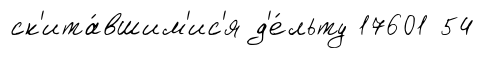
ск'ита́вшим'ис'я д'е́льту 17601 54